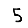
Digit: 5